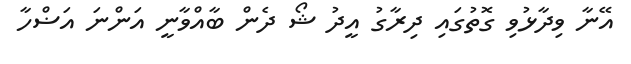
އޭނާ ވިދާޅުވި ގޮތުގައި ދިރާގު އީދު ޝޯ ދެން ބާއްވާނީ އަންނަ އަޟްހާ